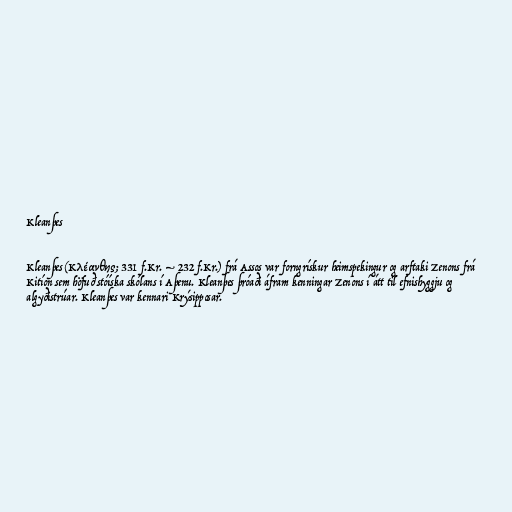
Kleanþes

Kleanþes (Κλέανθης; 331 f.Kr. – 232 f.Kr.) frá Assos var forngrískur heimspekingur og arftaki Zenons frá
Kitíon sem höfuð stóíska skólans í Aþenu. Kleanþes þróaði áfram kenningar Zenons í átt til efnishyggju og
algyðistrúar. Kleanþes var kennari Krýsipposar.